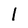
Character: 1